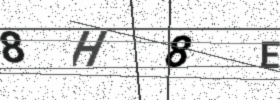
Text: 8H8E